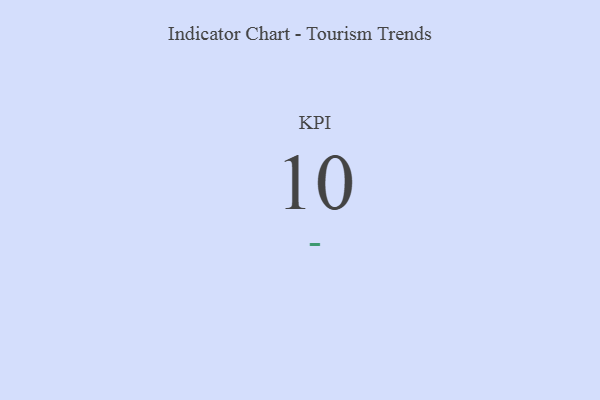
{"axis": {"x": "KPI", "y": "Value"}, "legend": [""], "data": [{"x": "KPI", "y": 10, "type": ""}]}